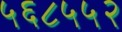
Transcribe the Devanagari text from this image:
५६८५५२